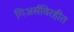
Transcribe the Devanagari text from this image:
गिअर्सविरहीत